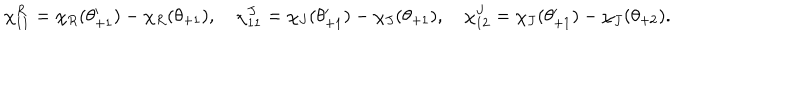
LaTeX: \chi _ { 1 1 } ^ { R } = \chi _ { R } ( \theta _ { + 1 } ^ { \prime } ) - \chi _ { R } ( \theta _ { + 1 } ) , \quad \chi _ { 1 1 } ^ { J } = \chi _ { J } ( \theta _ { + 1 } ^ { \prime } ) - \chi _ { J } ( \theta _ { + 1 } ) , \quad \chi _ { 1 2 } ^ { J } = \chi _ { J } ( \theta _ { + 1 } ^ { \prime } ) - \chi _ { J } ( \theta _ { + 2 } ) .